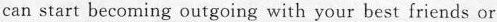
can start becoming outgoing with your best friends or